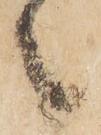
之